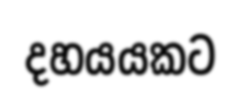
දහයයකට